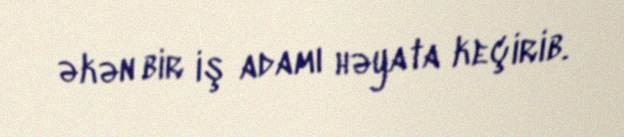
əkən bir iş adamı həyata keçirib.